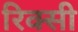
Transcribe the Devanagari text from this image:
रिक्सी